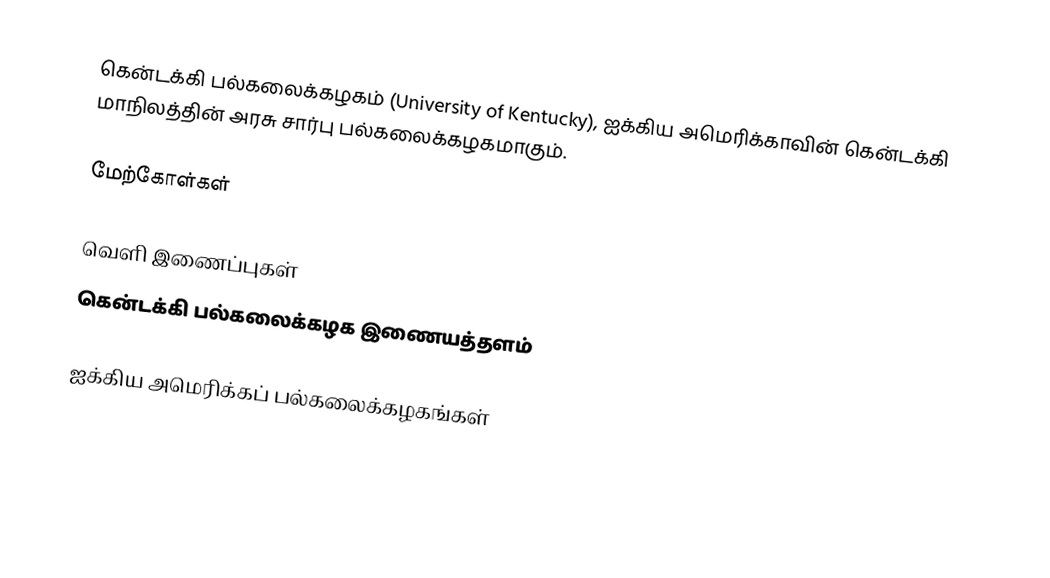
கென்டக்கி பல்கலைக்கழகம் (University of Kentucky), ஐக்கிய அமெரிக்காவின் கென்டக்கி மாநிலத்தின் அரசு சார்பு பல்கலைக்கழகமாகும்.

மேற்கோள்கள்

வெளி இணைப்புகள்
கென்டக்கி பல்கலைக்கழக இணையத்தளம்

ஐக்கிய அமெரிக்கப் பல்கலைக்கழகங்கள்